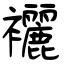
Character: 襹